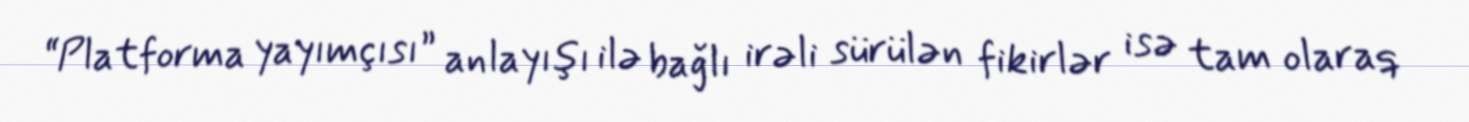
“Platforma yayımçısı” anlayışı ilə bağlı irəli sürülən fikirlər isə tam olaraq